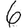
Digit: 6